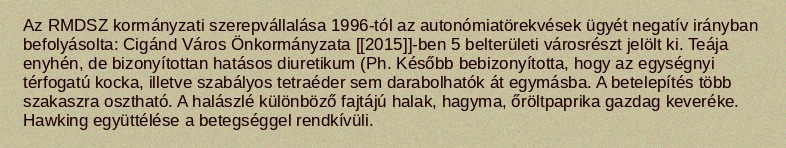
Az RMDSZ kormányzati szerepvállalása 1996-tól az autonómiatörekvések ügyét negatív irányban befolyásolta: Cigánd Város Önkormányzata [[2015]]-ben 5 belterületi városrészt jelölt ki. Teája enyhén, de bizonyítottan hatásos diuretikum (Ph. Később bebizonyította, hogy az egységnyi térfogatú kocka, illetve szabályos tetraéder sem darabolhatók át egymásba. A betelepítés több szakaszra osztható. A halászlé különböző fajtájú halak, hagyma, őröltpaprika gazdag keveréke. Hawking együttélése a betegséggel rendkívüli.